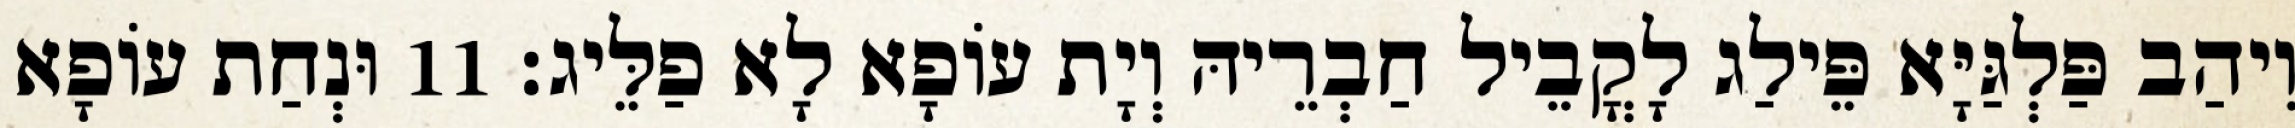
וִיהַב פַּלְגַּיָּא פֵּילַג לָקֳבֵיל חַבְרֵיהּ וְיָת עוֹפָא לָא פַלֵּיג׃ 11 וּנְחַת עוֹפָא